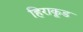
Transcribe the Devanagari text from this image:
हिराकूड